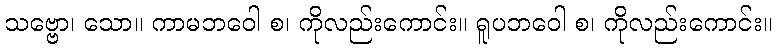
သဗ္ဗော၊ သော။ ကာမဘဝေါ စ၊ ကိုလည်းကောင်း။ ရူပဘဝေါ စ၊ ကိုလည်းကောင်း။